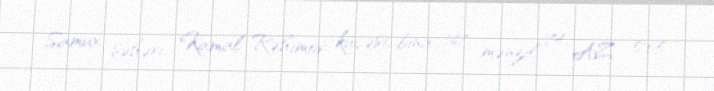
Samux şəhəri, Kamal Rəhimov küçəsi, bina 167, mənzil 74, AZ 5105